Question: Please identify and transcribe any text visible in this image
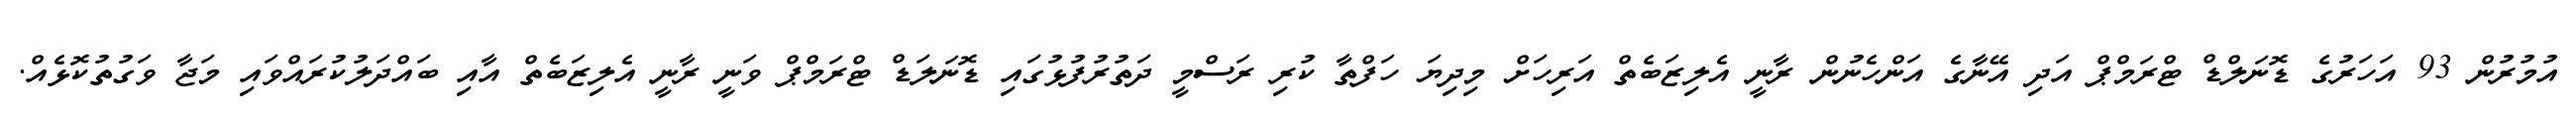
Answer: އުމުރުން 93 އަހަރުގެ ޑޮނަލްޑް ޓްރަމްޕް އަދި އޭނާގެ އަންހެނުން ރާނީ އެލިޒަބެތް އަރިހަށް މިދިޔަ ހަފްތާ ކުރި ރަސްމީ ދަތުރުފުޅުގައި ޑޮނަލަޑް ޓްރަމްޕް ވަނީ ރާނީ އެލިޒަބެތް އާއި ބައްދަލުކުރައްވައި މަޖާ ވަގުތުކޮޅެއް.